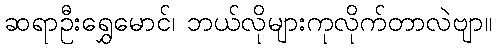
ဆရာဦးရွှေမောင်၊ ဘယ်လိုများကုလိုက်တာလဲဗျာ။